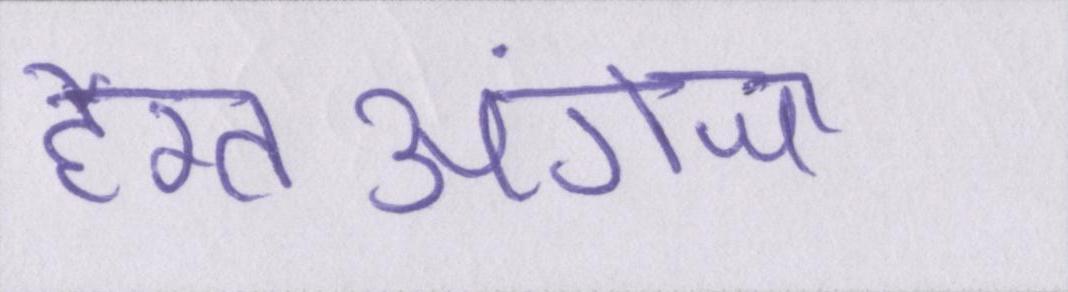
हैरतअंगेज